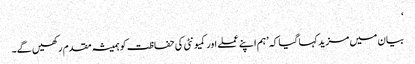
‘
بیان میں مزید کہا گیا کہ ’ہم اپنے عملے اور کمیونٹی کی حفاظت کو ہمیشہ مقدم رکھیں گے۔